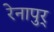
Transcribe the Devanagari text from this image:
रेनापुर्